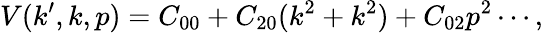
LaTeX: V(k^{\prime},k,p)=C_{00}+C_{20}(k^{2}+k^{2})+C_{02}p^{2}\cdots,